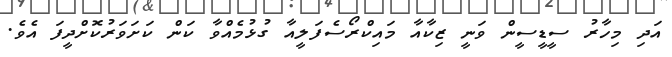
އަދި މިހާރު ސީޑީސީން ވަނީ ޒިކާއާ މައިކްރޯސެފަލީއާ ގުޅުމެއްވާ ކަން ކަށަވަރުކޮށްދީފަ އެވެ.